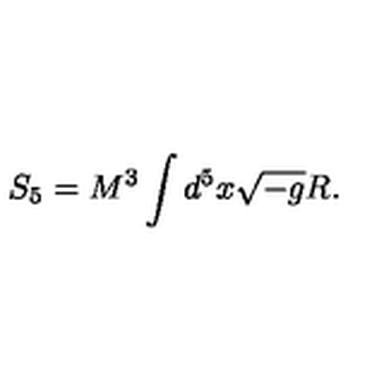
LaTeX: S _ { 5 } = M ^ { 3 } \int d ^ { 5 } x \sqrt { - g } R .